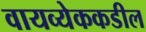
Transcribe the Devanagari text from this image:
वायव्येककडील